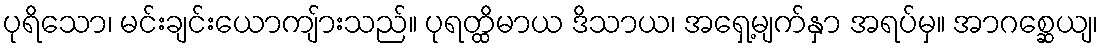
ပုရိသော၊ မင်းချင်းယောကျ်ားသည်။ ပုရတ္ထိမာယ ဒိသာယ၊ အရှေ့မျက်နှာ အရပ်မှ။ အာဂစ္ဆေယျ၊